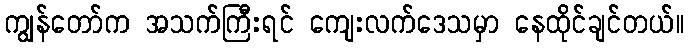
ကျွန်တော်က အသက်ကြီးရင် ကျေးလက်ဒေသမှာ နေထိုင်ချင်တယ်။